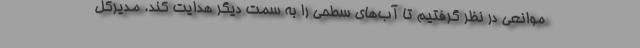
موانعی در نظر گرفتیم تا آب‌های سطحی را به سمت دیگر هدایت کند. مدیرکل